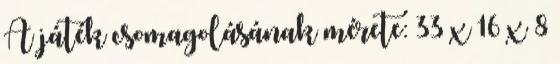
A játék csomagolásának mérete: 33 x 16 x 8